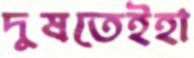
দুষতেইহা